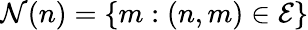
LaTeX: \mathcal{N}(n)=\{ m:(n,m)\in\mathcal{E}\}